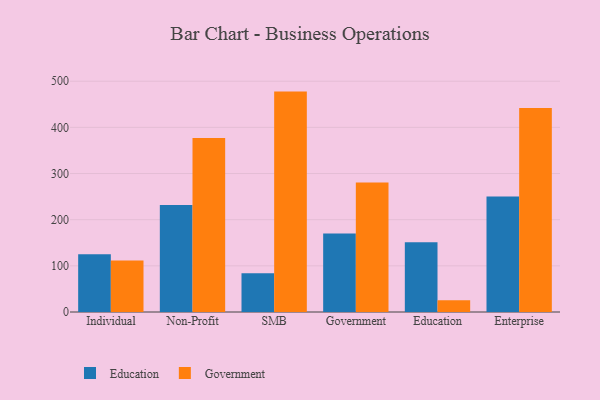
{"axis": {"x": "Segment", "y": "Energy Usage (MWh)"}, "legend": ["Education", "Government"], "data": [{"x": "Individual", "y": 125.3, "type": "Education"}, {"x": "Individual", "y": 111.6, "type": "Government"}, {"x": "Non-Profit", "y": 232.0, "type": "Education"}, {"x": "Non-Profit", "y": 376.9, "type": "Government"}, {"x": "SMB", "y": 83.9, "type": "Education"}, {"x": "SMB", "y": 477.5, "type": "Government"}, {"x": "Government", "y": 170.2, "type": "Education"}, {"x": "Government", "y": 280.4, "type": "Government"}, {"x": "Education", "y": 151.0, "type": "Education"}, {"x": "Education", "y": 25.2, "type": "Government"}, {"x": "Enterprise", "y": 250.2, "type": "Education"}, {"x": "Enterprise", "y": 442.2, "type": "Government"}]}